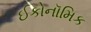
ઈકોનૉમિક